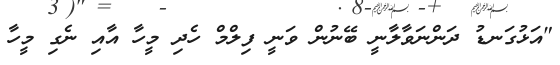
"އަޅުގަނޑު ދަންނަވާލާނީ ބޭނުން ވަނީ ފިލްމް ހެދި މީހާ އާއި ނެގި މީހާ